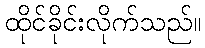
ထိုင်ခိုင်းလိုက်သည်။